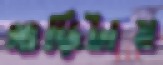
গাড়িটায়